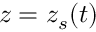
z = z _ { s } ( t )